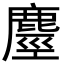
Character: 𪊵